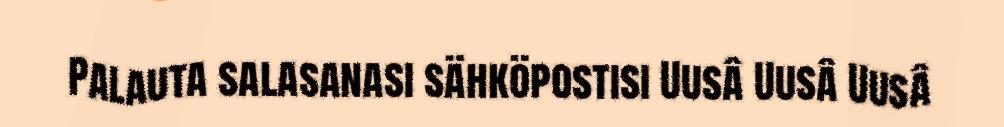
Palauta salasanasi sähköpostisi Uusâ Uusâ Uusâ